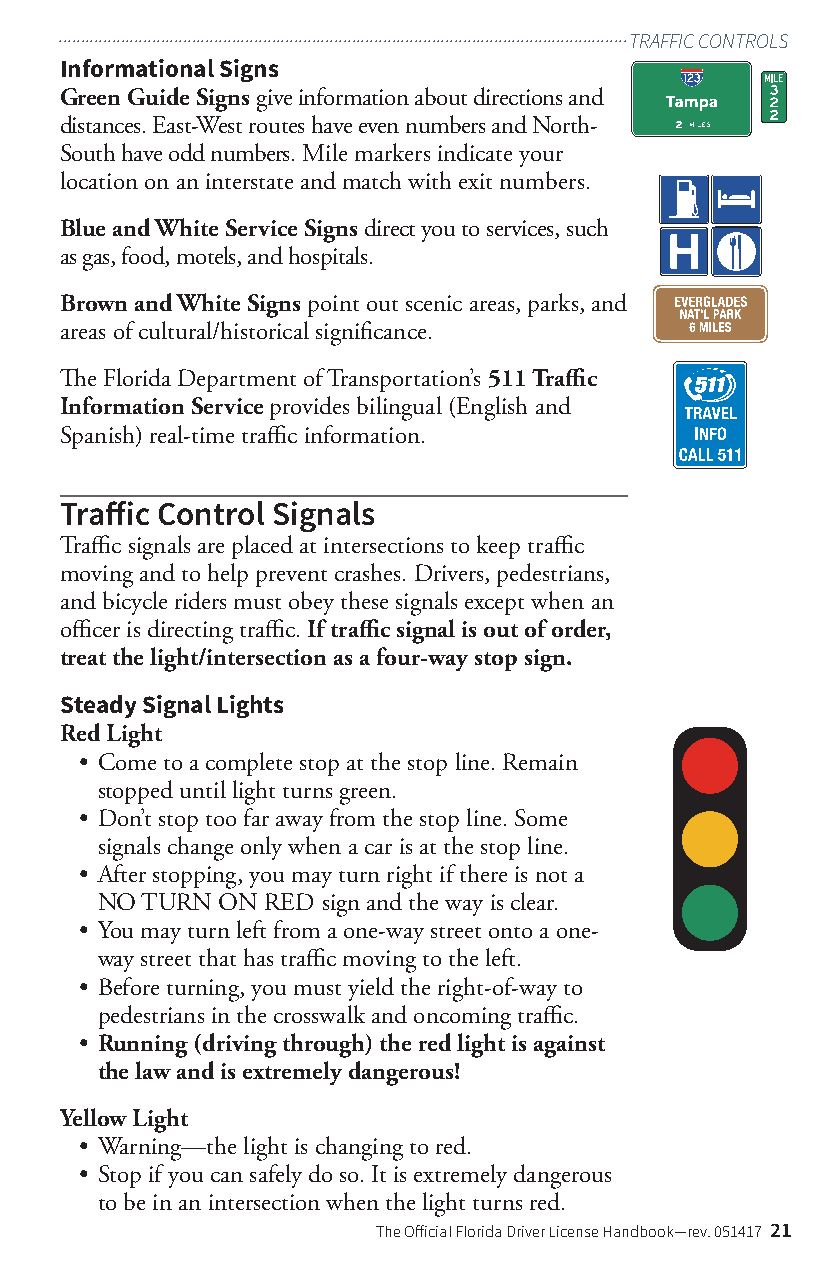
................................................................................................................................TRAFFIC CONTROLS
 Informational Signs
 Green Guide Signs give information about directions and
 distances. East-West routes have even numbers and North-
 South have odd numbers. Mile markers indicate your
 location on an interstate and match with exit numbers.
 Blue and White Service Signs direct you to services, such
 as gas, food, motels, and hospitals.
 Brown and White Signs point out scenic areas, parks, and
 areas of cultural/historical significance.
 The Florida Department of Transportation’s 511 Traffic
 Information Service provides bilingual (English and
 Spanish) real-time traffic information.
 Traffic Control Signals
 Traffic signals are placed at intersections to keep traffic
 moving and to help prevent crashes. Drivers, pedestrians,
 and bicycle riders must obey these signals except when an
 officer is directing traffic. If traffic signal is out of order,
 treat the light/intersection as a four-way stop sign.
 Steady Signal Lights
 Red Light
 • Come to a complete stop at the stop line. Remain
 stopped until light turns green.
 • Don’t stop too far away from the stop line. Some
 signals change only when a car is at the stop line.
 • After stopping, you may turn right if there is not a
 NO TURN  ON RED sign and the way is clear.
 • You may turn left from a one-way street onto a one-
 way street that has traffic moving to the left.
 • Before turning, you must yield the right-of-way to
 pedestrians in the crosswalk and oncoming traffic.
 • Running (driving through) the red light is against
 the law and is extremely dangerous!
 Yellow Light
 • Warning—the light is changing to red.
 • Stop if you can safely do so. It is extremely dangerous
 to be in an intersection when the light turns red.
 The Official Florida Driver License Handbook—rev. 051417 21